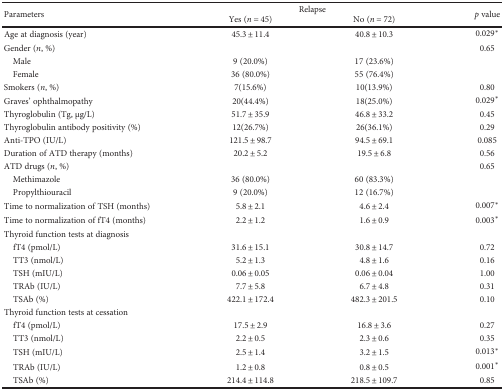
<table><thead><tr><td rowspan="2"><b>Parameters</b></td><td colspan="2"><b>Relapse</b></td><td rowspan="2"><b><i>p</i> value</b></td></tr><tr><td><b>Yes (<i>n</i> = 45)</b></td><td><b>No (<i>n</i> = 72)</b></td></tr></thead><tbody><tr><td>Age at diagnosis (year)</td><td>45.3 ± 11.4</td><td>40.8 ± 10.3</td><td>0.029<sup>∗</sup></td></tr><tr><td>Gender (<i>n</i>, %)</td><td></td><td></td><td>0.65</td></tr><tr><td> Male</td><td>9 (20.0%)</td><td>17 (23.6%)</td><td></td></tr><tr><td> Female</td><td>36 (80.0%)</td><td>55 (76.4%)</td><td></td></tr><tr><td>Smokers (<i>n</i>, %)</td><td>7(15.6%)</td><td>10(13.9%)</td><td>0.80</td></tr><tr><td>Graves&#x27; ophthalmopathy</td><td>20(44.4%)</td><td>18(25.0%)</td><td>0.029<sup>∗</sup></td></tr><tr><td>Thyroglobulin (Tg, μg/L)</td><td>51.7 ± 35.9</td><td>46.8 ± 33.2</td><td>0.45</td></tr><tr><td>Thyroglobulin antibody positivity (%)</td><td>12(26.7%)</td><td>26(36.1%)</td><td>0.29</td></tr><tr><td>Anti-TPO (IU/L)</td><td>121.5 ± 98.7</td><td>94.5 ± 69.1</td><td>0.085</td></tr><tr><td>Duration of ATD therapy (months)</td><td>20.2 ± 5.2</td><td>19.5 ± 6.8</td><td>0.56</td></tr><tr><td>ATD drugs (<i>n</i>, %)</td><td></td><td></td><td>0.65</td></tr><tr><td> Methimazole</td><td>36 (80.0%)</td><td>60 (83.3%)</td><td></td></tr><tr><td> Propylthiouracil</td><td>9 (20.0%)</td><td>12 (16.7%)</td><td></td></tr><tr><td>Time to normalization of TSH (months)</td><td>5.8 ± 2.1</td><td>4.6 ± 2.4</td><td>0.007<sup>∗</sup></td></tr><tr><td>Time to normalization of fT4 (months)</td><td>2.2 ± 1.2</td><td>1.6 ± 0.9</td><td>0.003<sup>∗</sup></td></tr><tr><td>Thyroid function tests at diagnosis</td><td></td><td></td><td></td></tr><tr><td> fT4 (pmol/L)</td><td>31.6 ± 15.1</td><td>30.8 ± 14.7</td><td>0.72</td></tr><tr><td> TT3 (nmol/L)</td><td>5.2 ± 1.3</td><td>4.8 ± 1.6</td><td>0.16</td></tr><tr><td> TSH (mIU/L)</td><td>0.06 ± 0.05</td><td>0.06 ± 0.04</td><td>1.00</td></tr><tr><td> TRAb (IU/L)</td><td>7.7 ± 5.8</td><td>6.7 ± 4.8</td><td>0.31</td></tr><tr><td> TSAb (%)</td><td>422.1 ± 172.4</td><td>482.3 ± 201.5</td><td>0.10</td></tr><tr><td>Thyroid function tests at cessation</td><td></td><td></td><td></td></tr><tr><td> fT4 (pmol/L)</td><td>17.5 ± 2.9</td><td>16.8 ± 3.6</td><td>0.27</td></tr><tr><td> TT3 (nmol/L)</td><td>2.2 ± 0.5</td><td>2.3 ± 0.6</td><td>0.35</td></tr><tr><td> TSH (mIU/L)</td><td>2.5 ± 1.4</td><td>3.2 ± 1.5</td><td>0.013<sup>∗</sup></td></tr><tr><td> TRAb (IU/L)</td><td>1.2 ± 0.8</td><td>0.8 ± 0.5</td><td>0.001<sup>∗</sup></td></tr><tr><td> TSAb (%)</td><td>214.4 ± 114.8</td><td>218.5 ± 109.7</td><td>0.85</td></tr></tbody></table>